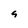
Character: 4